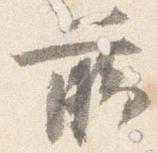
臈